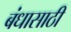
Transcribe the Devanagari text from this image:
बंधासाठी